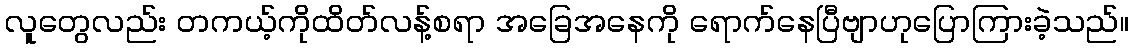
လူတွေလည်း တကယ့်ကိုထိတ်လန့်စရာ အခြေအနေကို ရောက်နေပြီဗျာဟုပြောကြားခဲ့သည်။